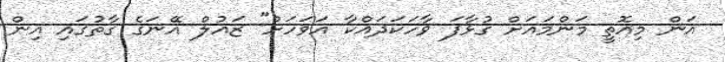
އަން މިއޮތީ މަންމައަށް ގުޅާފަ ވާހަކަދައްކާ އަވަހަށް" ޒައުލް އޭނަގެ ގާތުގައި އިން